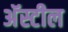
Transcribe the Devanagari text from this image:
अॅस्टील